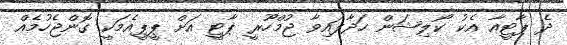
ދެ ޕާޓީއާ އެކު ކޯލިޝަން ހަދާފައިވާ ޖުމްހޫރީ ޕާޓީ އަށް ޕީޕީއެމަކީ ގޮންޖެހުމެއް